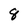
Character: 8